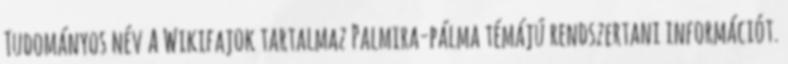
Tudományos név A Wikifajok tartalmaz Palmira-pálma témájú rendszertani információt.